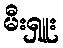
မီးရှူး